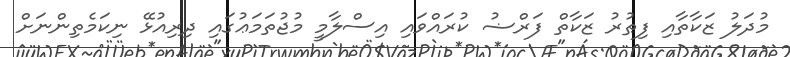
މުދަލު ޒަކާތާއި ފިޠުރު ޒަކާތް ފަރްޟު ކުރައްވައި އިސްލާމީ މުޖުތަމަޢުގައި ދިރިއުޅޭ ނިކަމެތިންނަށް